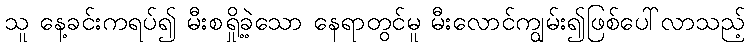
သူ နေ့ခင်းကရပ်၍ မီးစရှို့ခဲ့သော နေရာတွင်မူ မီးလောင်ကျွမ်း၍ဖြစ်ပေါ်လာသည့်